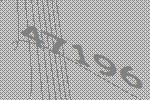
47196